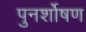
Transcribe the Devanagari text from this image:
पुनर्शोषण